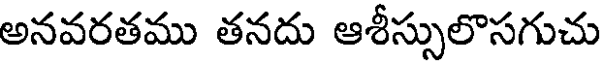
అనవరతము తనదు ఆశీస్సులొసగుచు